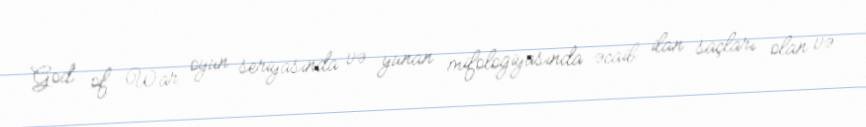
God of War oyun seriyasında və yunan mifologiyasında əcaib ilan saçları olan və